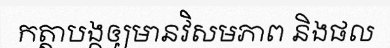
កត្តាបង្កឲ្យមានវិសមភាព និងផល